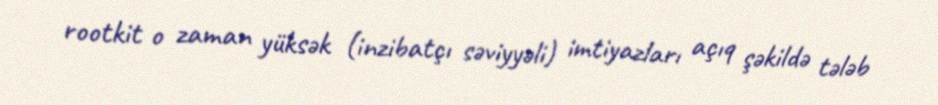
rootkit o zaman yüksək (inzibatçı səviyyəli) imtiyazları açıq şəkildə tələb